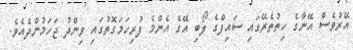
އޭރުވެސް އޭނާގެ ހިތުތެރޭގައި ސައިފްގެ ލޯބި އޭގެ އެންމެ ފުރިހަމަގޮތުގައި ވިންދު ޖަހަމުންދެއެވެ.